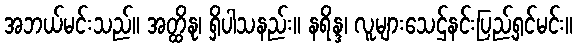
အဘယ်မင်းသည်။ အတ္ထိနု၊ ရှိပါသနည်း။ နရိန္ဒ၊ လူများသေဌ်နင်းပြည့်ရှင်မင်း။